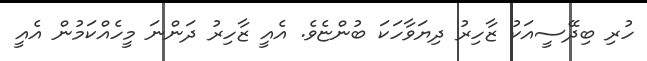
ހުރި ބިދޭސީއަކު ޒާހިރު ދިޔަވާހަކަ ބުންޏެވެ. އެއީ ޒާހިރު ދަންނަ މީހެއްކަމުން އެއީ